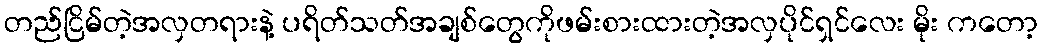
တည်ငြိမ်တဲ့အလှတရားနဲ့ ပရိတ်သတ်အချစ်တွေကိုဖမ်းစားထားတဲ့အလှပိုင်ရှင်လေး မိုး ကတော့